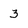
Character: 3